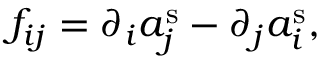
f _ { i j } = \partial _ { i } a _ { j } ^ { \mathrm { s } } - \partial _ { j } a _ { i } ^ { \mathrm { s } } ,